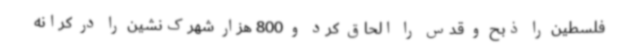
فلسطین را ذبح و قدس را الحاق کرد و 800 هزار شهرک‌نشین را در کرانه